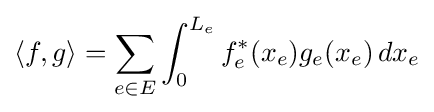
\langle f,g\rangle =\sum _{e\in E}\int _{0}^{L_{e}}f_{e}^{*}(x_{e})g_{e}(x_{e})\,dx_{e}